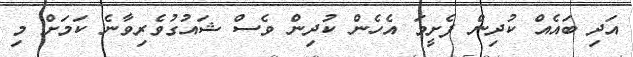
އަދި ބައެއް ކުދިން ފެށީމަ އެހެން ކުދިން ވެސް ޝައުގުވެރިވާނެ ކަމަށް މި